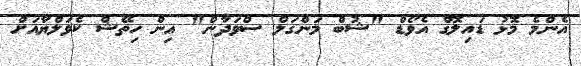
އެންމެ މޮޅު ޑައިލޮގް އެވޯޑް "ޝުބް މަންގަލް ސްވަދާން" އިން ހިތޭޝް ކެވަލްޔާއަށް